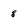
Character: 8